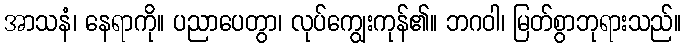
အာသနံ၊ နေရာကို။ ပညာပေတွာ၊ လုပ်ကျွေးကုန်၏။ ဘဂဝါ၊ မြတ်စွာဘုရားသည်။